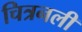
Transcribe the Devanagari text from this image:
चित्रनली